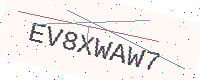
Text: EV8XWAW7